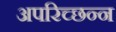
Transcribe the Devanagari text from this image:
अपरिच्छन्न